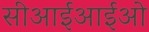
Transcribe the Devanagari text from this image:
सीआईआईओ